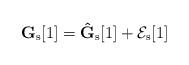
LaTeX: \begin{align*}\mathbf{G}_\mathrm{s}[1] = \mathbf{\hat{G}}_\mathrm{s}[1] + \mathcal{E}_\mathrm{s}[1]\end{align*}